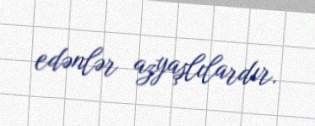
edənlər azyaşlılardır.